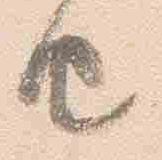
由